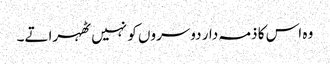
وہ اس کا ذمہ دار دوسروں کو نہیں ٹھہراتے۔